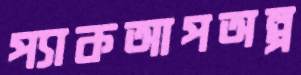
প্যাকআপঅল্প